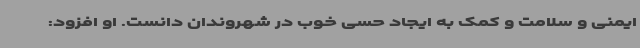
ایمنی و سلامت و کمک به ایجاد حسی خوب در شهروندان دانست. او افزود: